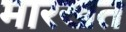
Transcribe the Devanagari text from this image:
मारखत